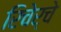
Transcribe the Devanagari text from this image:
रिचेर्चे